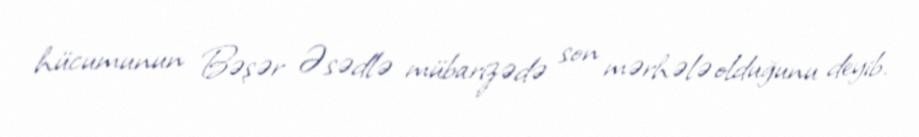
hücumunun Bəşər Əsədlə mübarizədə son mərhələ olduğunu deyib.